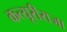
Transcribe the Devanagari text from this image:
कत्यूरीराजा